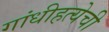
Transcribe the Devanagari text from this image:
गांधीहत्येची